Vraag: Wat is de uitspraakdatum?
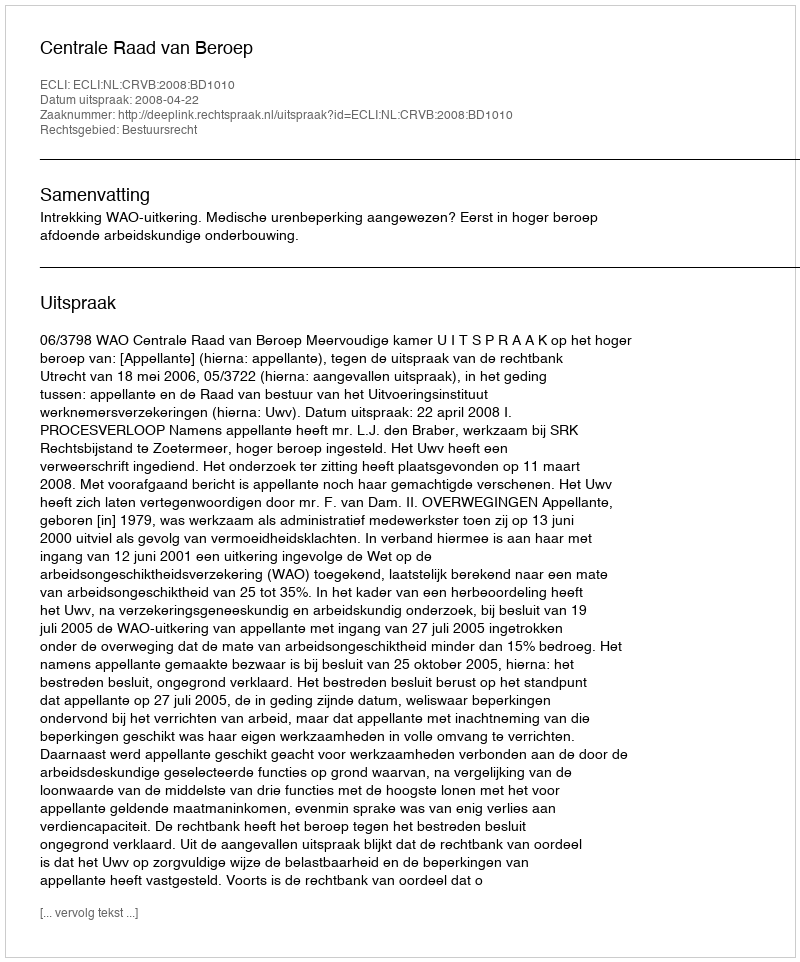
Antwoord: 2008-04-22